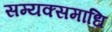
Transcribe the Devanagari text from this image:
सम्यक्समाधि